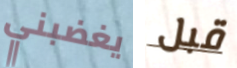
يغضبني قبل